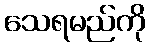
သေရမည်ကို